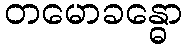
တမောခန္ဓော